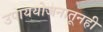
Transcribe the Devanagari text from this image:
उपाययोजनातूनही